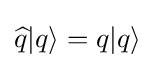
{\widehat {q}}|q\rangle =q|q\rangle